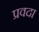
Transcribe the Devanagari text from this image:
प्रवदा